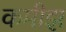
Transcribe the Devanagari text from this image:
कमीझ